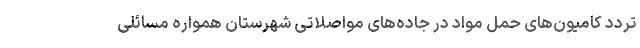
تردد کامیون‌های حمل مواد در جاده‌های مواصلاتی شهرستان همواره مسائلی